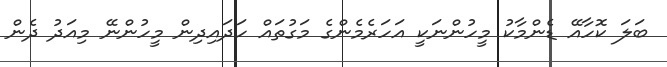
ބަލަ ކޮހާއޭ ޑެންމާކު މީހުންނަކީ އަހަރެމެންގެ މަގުތައް ހަދައިދިން މީހުންނޭ މިއަދު ދެން